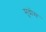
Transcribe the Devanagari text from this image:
मुद्रोस